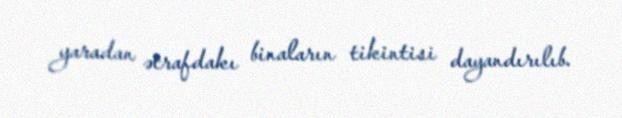
yaradan ətrafdakı binaların tikintisi dayandırılıb.